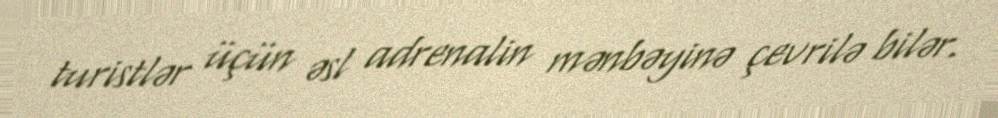
turistlər üçün əsl adrenalin mənbəyinə çevrilə bilər.